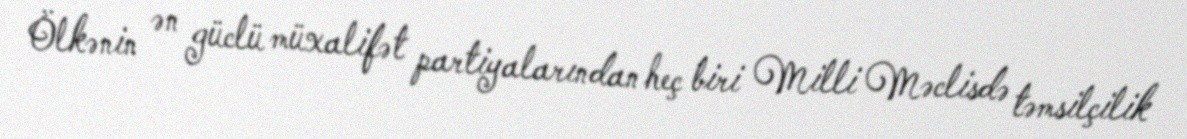
Ölkənin ən güclü müxalifət partiyalarından heç biri Milli Məclisdə təmsilçilik